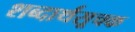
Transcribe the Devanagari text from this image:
शब्दार्थसूचक